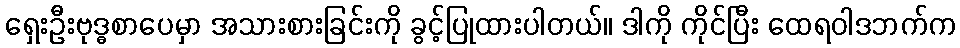
ရှေးဦးဗုဒ္ဓစာပေမှာ အသားစားခြင်းကို ခွင့်ပြုထားပါတယ်။ ဒါကို ကိုင်ပြီး ထေရဝါဒဘက်က